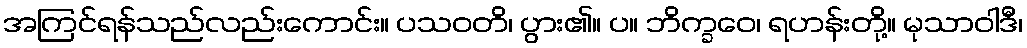
အကြင်ရန်သည်လည်းကောင်း။ ပသဝတိ၊ ပွား၏။ ပ။ ဘိက္ခဝေ၊ ရဟန်းတို့။ မုသာဝါဒီ၊